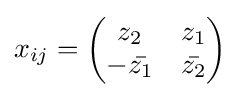
x_{ij}={\begin{pmatrix}z_{2}&z_{1}\\-{\bar {z_{1}}}&{\bar {z_{2}}}\end{pmatrix}}